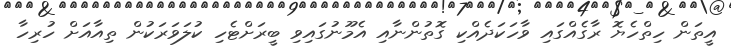
އީތަން ހިތްހެޔޮ ރާގެއްގައި ވާހަކަދެއްކި ގޮތުންނާއި އެމޫނުގައިވި ބީރަށްޓެހި ކުލަވަރަކުން ތިއާއަށް ހުރިހާ